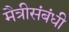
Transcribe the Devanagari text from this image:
मैत्रीसंबंधी